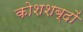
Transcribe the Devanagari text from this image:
कोशशब्दों